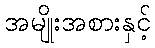
အမျိုးအစားနှင့်